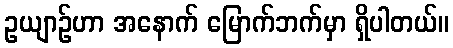
ဥယျာဉ်ဟာ အနောက် မြောက်ဘက်မှာ ရှိပါတယ်။